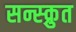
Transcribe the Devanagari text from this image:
सन्स्क्रुत